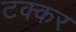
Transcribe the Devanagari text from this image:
टक्कर